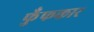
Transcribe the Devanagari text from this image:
फुँफकार